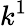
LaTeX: k^{1}